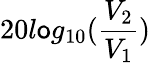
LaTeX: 20l\mathsf{o}g_{10}(\frac{{V_{2}}}{{V_{1}}})